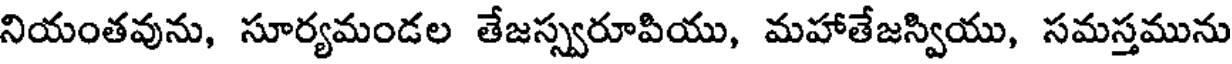
నియంతవును, సూర్యమండల తేజస్స్వరూపియు, మహాతేజస్వియు, సమస్తమును